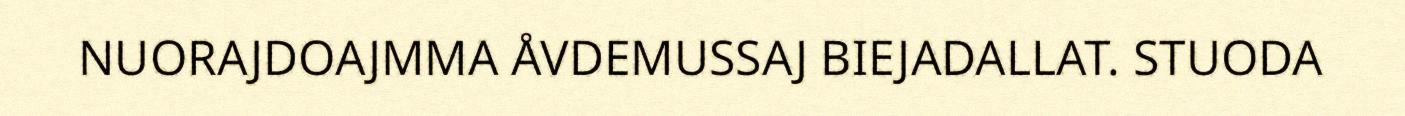
NUORAJDOAJMMA ÅVDEMUSSAJ BIEJADALLAT. STUODA